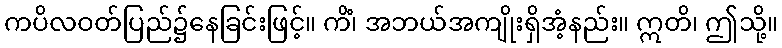
ကပိလဝတ်ပြည်၌နေခြင်းဖြင့်။ ကိံ၊ အဘယ်အကျိုးရှိအံ့နည်း။ ဣတိ၊ ဤသို့။